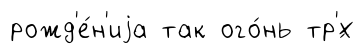
рожд'е́н'иjа так ого́нь тр'́х